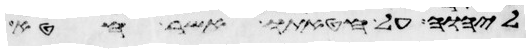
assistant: ליהוה על חטאתו אשר חטא